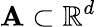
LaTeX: \mathbf{A}\subset\mathbb{{R}}^{d}